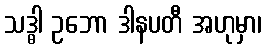
သဒ္ဓါ ဥဘော ဒါနပတီ အဟုမှာ၊